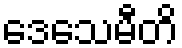
ဒေသေမီတိ